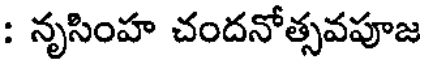
: నృసింహ చందనోత్సవపూజ